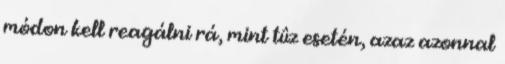
módon kell reagálni rá, mint tûz esetén, azaz azonnal